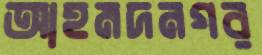
আহমদনগর